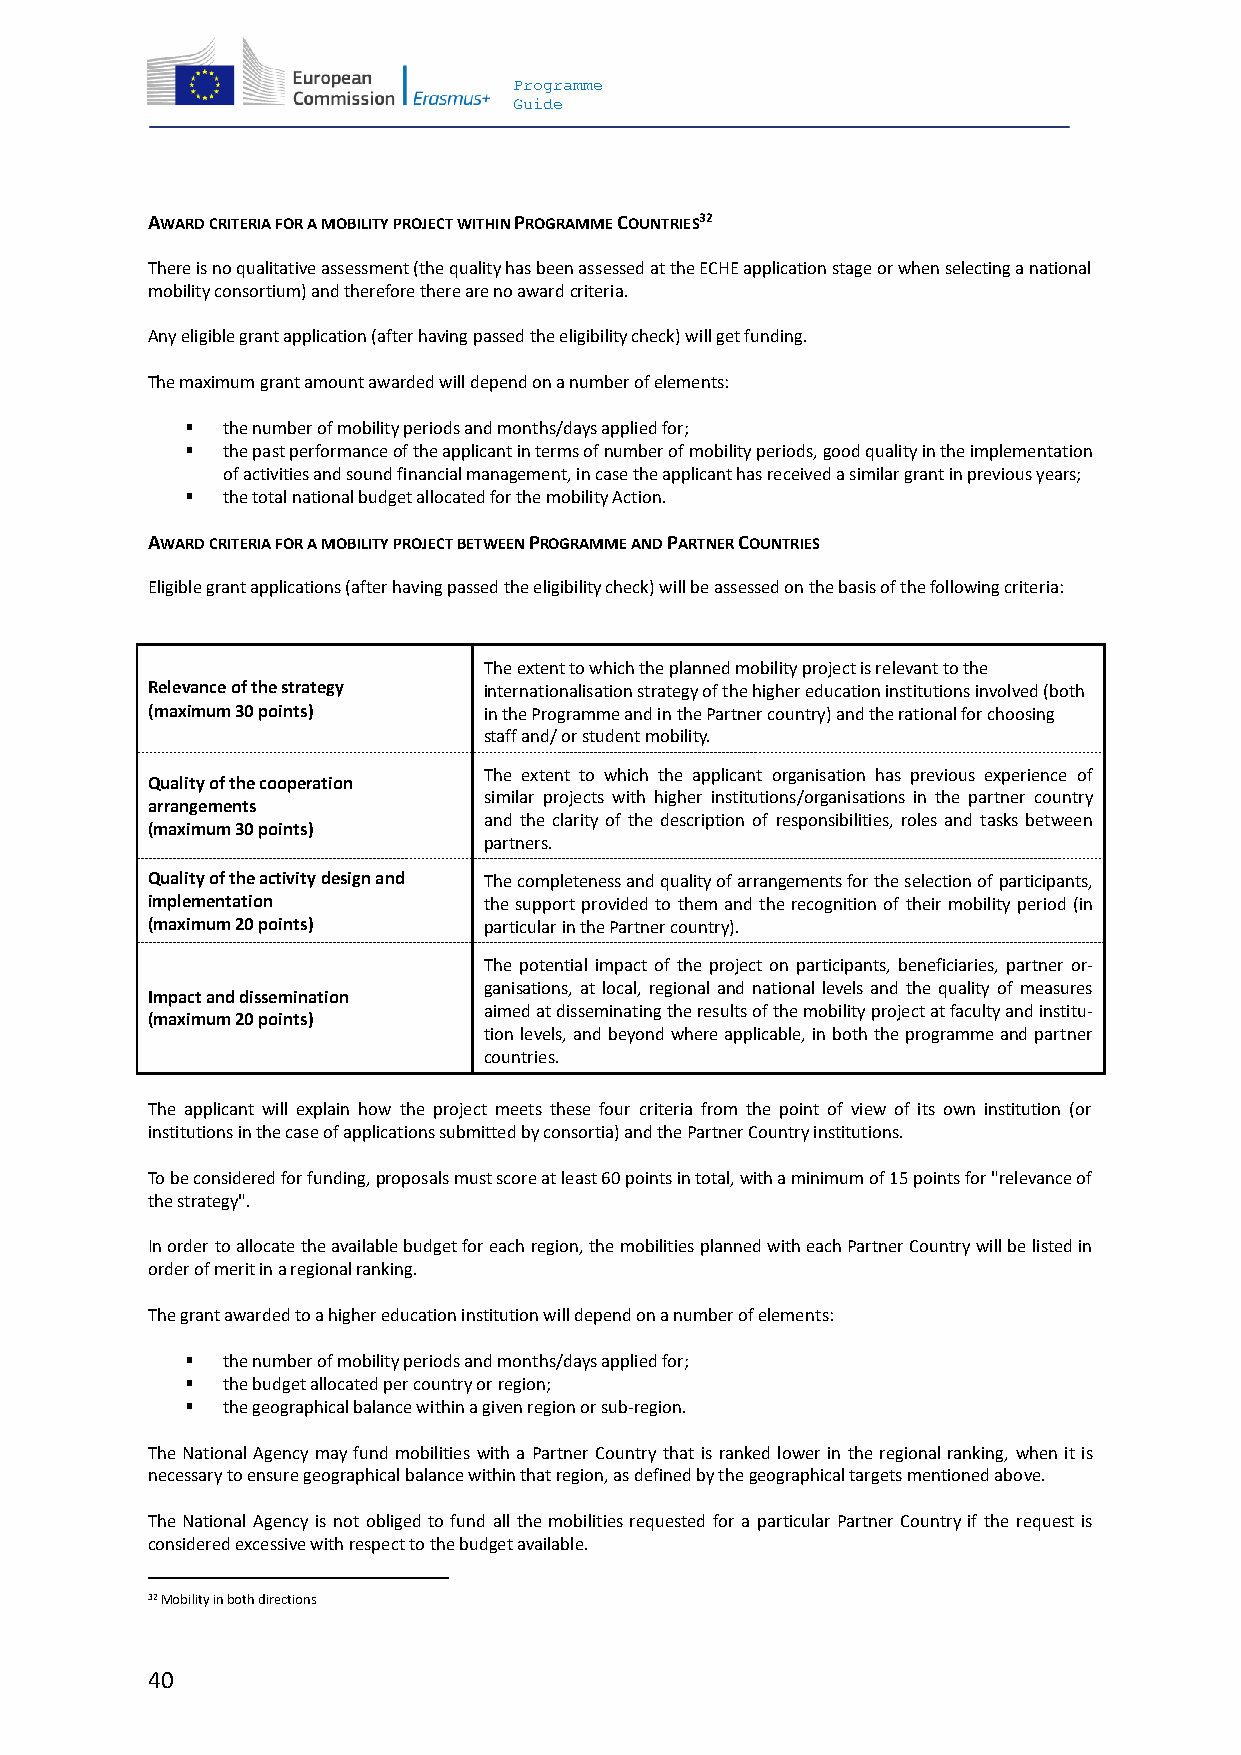
Programme
 Guide
 AWARD CRITERIA FOR A MOBILITY PROJECT WITHIN PROGRAMME COUNTRIES32
 There is no qualitative assessment (the quality has been assessed at the ECHE application stage or when selecting a national
 mobility consortium) and therefore there are no award criteria.
 Any eligible grant application (after having passed the eligibility check) will get funding.
 The maximum grant amount awarded will depend on a number of elements:
   the number of mobility periods and months/days applied for;
   the past performance of the applicant in terms of number of mobility periods, good quality in the implementation
 of activities and sound financial management, in case the applicant has received a similar grant in previous years;
   the total national budget allocated for the mobility Action.
 AWARD CRITERIA FOR A MOBILITY PROJECT BETWEEN PROGRAMME AND PARTNER COUNTRIES
 Eligible grant applications (after having passed the eligibility check) will be assessed on the basis of the following criteria:
 The extent to which the planned mobility project is relevant to the
 Relevance of the strategy internationalisation strategy of the higher education institutions involved (both
 (maximum 30 points)   in the Programme and in the Partner country) and the rational for choosing
 staff and/ or student mobility.
 The extent to which the applicant organisation has previous experience of
 Quality of the cooperation
 similar projects with higher institutions/organisations in the partner country
 arrangements
 and the clarity of the description of responsibilities, roles and tasks between
 (maximum 30 points)
 partners.
 Quality of the activity design and The completeness and quality of arrangements for the selection of participants,
 implementation        the support provided to them and the recognition of their mobility period (in
 (maximum 20 points)   particular in the Partner country).
 The potential impact of the project on participants, beneficiaries, partner or-
 ganisations, at local, regional and national levels and the quality of measures
 Impact and dissemination
 aimed at disseminating the results of the mobility project at faculty and institu-
 (maximum 20 points)
 tion levels, and beyond where applicable, in both the programme and partner
 countries.
 The applicant will explain how the project meets these four criteria from the point of view of its own institution (or
 institutions in the case of applications submitted by consortia) and the Partner Country institutions.
 To be considered for funding, proposals must score at least 60 points in total, with a minimum of 15 points for "relevance of
 the strategy".
 In order to allocate the available budget for each region, the mobilities planned with each Partner Country will be listed in
 order of merit in a regional ranking.
 The grant awarded to a higher education institution will depend on a number of elements:
   the number of mobility periods and months/days applied for;
   the budget allocated per country or region;
   the geographical balance within a given region or sub-region.
 The National Agency may fund mobilities with a Partner Country that is ranked lower in the regional ranking, when it is
 necessary to ensure geographical balance within that region, as defined by the geographical targets mentioned above.
 The National Agency is not obliged to fund all the mobilities requested for a particular Partner Country if the request is
 considered excessive with respect to the budget available.
 32 Mobility in both directions
 40